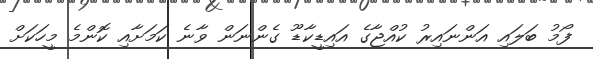
ފޯމު ބަލައި އަންނައިރު ކުއްޖާގެ އައިޑީކާޑޫ ގެންނަން ވާނެ ކަމަށާއި ކޮންމެ މީހަކަށް